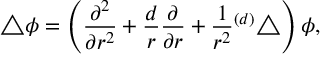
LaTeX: \bigtriangleup \phi = \left( { \frac { \partial ^ { 2 } } { \partial r ^ { 2 } } } + { \frac { d } { r } } { \frac { \partial } { \partial r } } + { \frac { 1 } { r ^ { 2 } } } { } ^ { ( d ) } \bigtriangleup \right) \phi ,